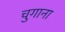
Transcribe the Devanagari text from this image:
चुगाना